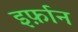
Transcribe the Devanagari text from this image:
इर्फ़ान